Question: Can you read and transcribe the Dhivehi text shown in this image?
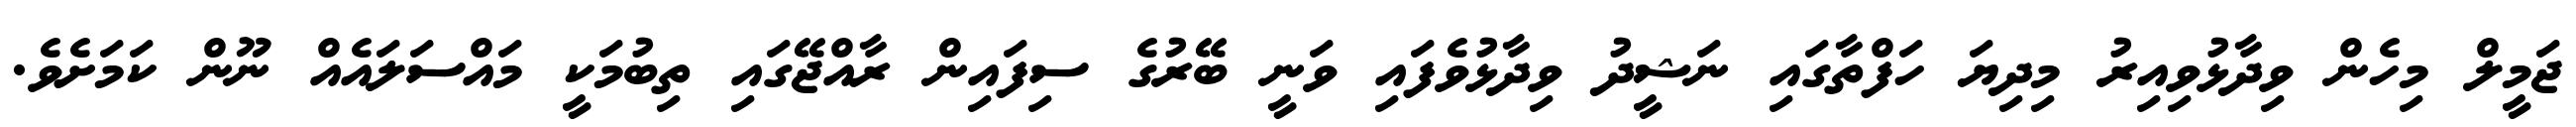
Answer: ޖަމީލް މިހެން ވިދާޅުވިއިރު މިދިޔަ ހަފްތާގައި ނަޝީދު ވިދާޅުވެފައި ވަނީ ބޭރުގެ ސިފައިން ރާއްޖޭގައި ތިބުމަކީ މައްސަލައެއް ނޫން ކަމަށެވެ.